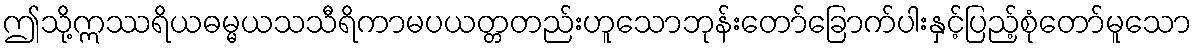
ဤသို့ဣဿရိယဓမ္မယသသီရိကာမပယတ္တတည်းဟူသောဘုန်းတော်ခြောက်ပါးနှင့်ပြည့်စုံတော်မူသော